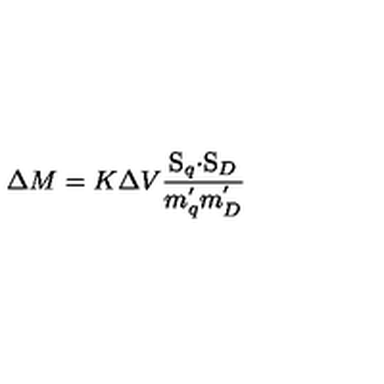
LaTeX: \Delta M = K \Delta V \frac { \mathrm { \boldmath S } _ { q } \mathrm { \boldmath \cdot S } _ { D } } { m _ { q } ^ { ' } m _ { D } ^ { ' } }